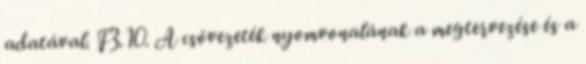
adatával. F3.10. A csõvezeték nyomvonalának a megtervezése és a